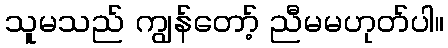
သူမသည် ကျွန်တော့် ညီမမဟုတ်ပါ။